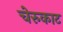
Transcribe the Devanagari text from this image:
चेरुकाट